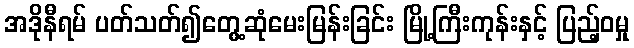
အဒိုနီရမ် ပတ်သတ်၍တွေ့ဆုံမေးမြန်းခြင်း မြို့ကြီးကုန်းနှင့် ပြည့်ဝမှု